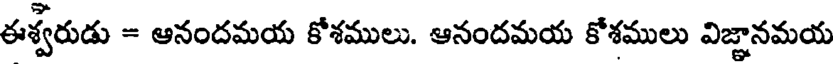
ఈశ్వరుడు = ఆనందమయ కోశములు. ఆనందమయ కోశములు విజ్ఞానమయ